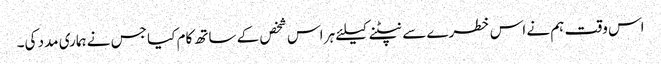
اس وقت ہم نے اس خطرے سے نپٹنے کیلئے ہر اس شخص کے ساتھ کام کیا جس نے ہماری مدد کی۔